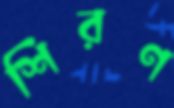
শিরণ